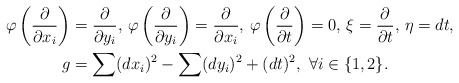
\begin{align*} \varphi\left(\frac{\partial}{\partial x_{i}}\right)&=\frac{\partial}{\partial y_{i}},\, \varphi\left(\frac{\partial}{\partial y_{i}}\right)=\frac{\partial}{\partial x_{i}},\, \varphi \left(\frac{\partial}{\partial t}\right)=0,\,\xi=\frac{\partial}{\partial t},\,\eta=dt, \\ g&=\sum(dx_{i})^{2}-\sum(dy_{i})^{2}+(dt)^{2},\ \forall i\in\{1,2\}. \end{align*}